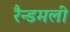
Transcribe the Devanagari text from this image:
रैन्डमली